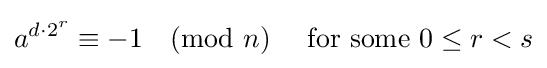
a^{d\cdot 2^{r}}\equiv -1{\pmod {n}}\quad {\mbox{ for some }}0\leq r<s